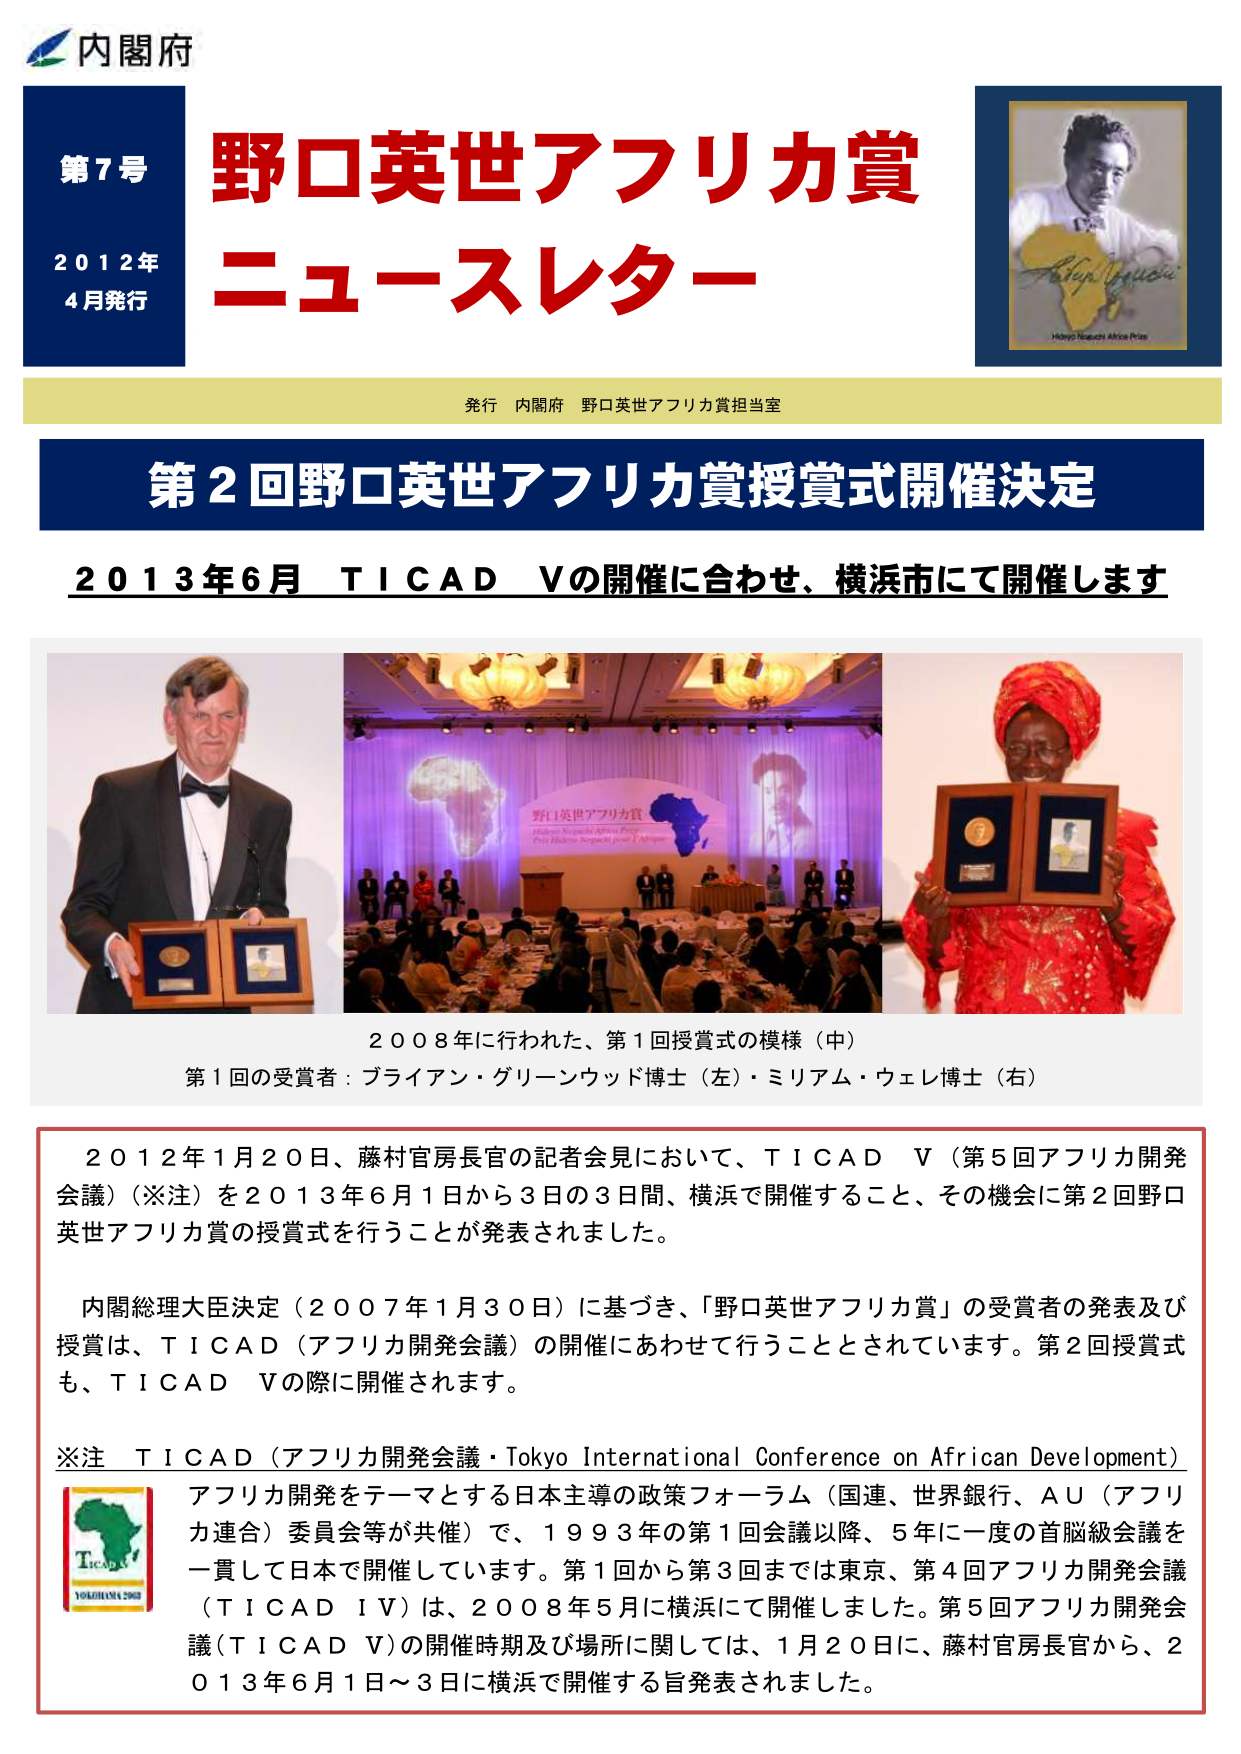
内閣府
第7号
2012年
4月発行
野口英世アフリカ賞
ニュースレター
発行 内閣府 野口英世アフリカ賞担当室
第2回野口英世アフリカ賞授賞式開催決定
2013年6月 TICAD Vの開催に合わせ、横浜市にて開催します
2008年に行われた、第1回授賞式の模様（中）
第1回の受賞者：ブライアン・グリーンウッド博士（左）・ミリアム・ウェレ博士（右）
2012年1月20日、藤村官房長官の記者会見において、TICAD V（第5回アフリカ開発会議）（※注）を2013年6月1日から3日の3日間、横浜で開催すること、その機会に第2回野口英世アフリカ賞の授賞式を行うことが発表されました。
内閣総理大臣決定（2007年1月30日）に基づき、「野口英世アフリカ賞」の受賞者の発表及び授賞は、TICAD（アフリカ開発会議）の開催にあわせて行うこととされています。第2回授賞式も、TICAD Vの際に開催されます。
※注 TICAD（アフリカ開発会議・Tokyo International Conference on African Development）
アフリカ開発をテーマとする日本主導の政策フォーラム（国連、世界銀行、AU（アフリカ連合）委員会等が共催）で、1993年の第1回会議以降、5年に一度の首脳級会議を一貫して日本で開催しています。第1回から第3回までは東京、第4回アフリカ開発会議（TICAD IV）は、2008年5月に横浜にて開催しました。第5回アフリカ開発会議（TICAD V）の開催時期及び場所に関しては、1月20日に、藤村官房長官から、2013年6月1日～3日に横浜で開催する旨発表されました。
Hideto Noguchi Africa Prize
TICAD
YOKOHAMA 2008